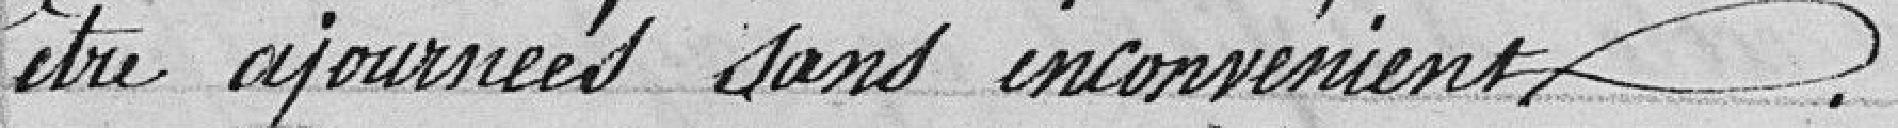
être ajournées sans inconvénient